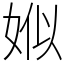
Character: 娰